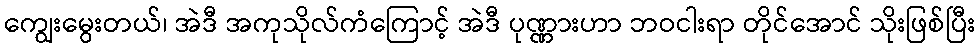
ကျွေးမွေးတယ်၊ အဲဒီ အကုသိုလ်ကံကြောင့် အဲဒီ ပုဏ္ဏားဟာ ဘဝငါးရာ တိုင်အောင် သိုးဖြစ်ပြီး